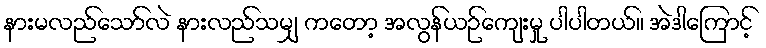
နားမလည်သော်လဲ နားလည်သမျှ ကတော့ အလွန်ယဉ်ကျေးမှု ပါပါတယ်။ အဲဒါကြောင့်